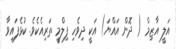
އަލީ އާޒިމް ( ދޮން އައްޔަ) އަކީ ދިވެހި ފިލްމީ ތަރިއެކެވެ. ކުޅެފައިވާ